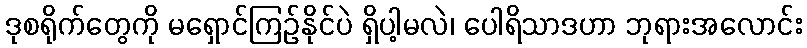
ဒုစရိုက်တွေကို မရှောင်ကြဉ်နိုင်ပဲ ရှိပါ့မလဲ၊ ပေါရိသာဒဟာ ဘုရားအလောင်း